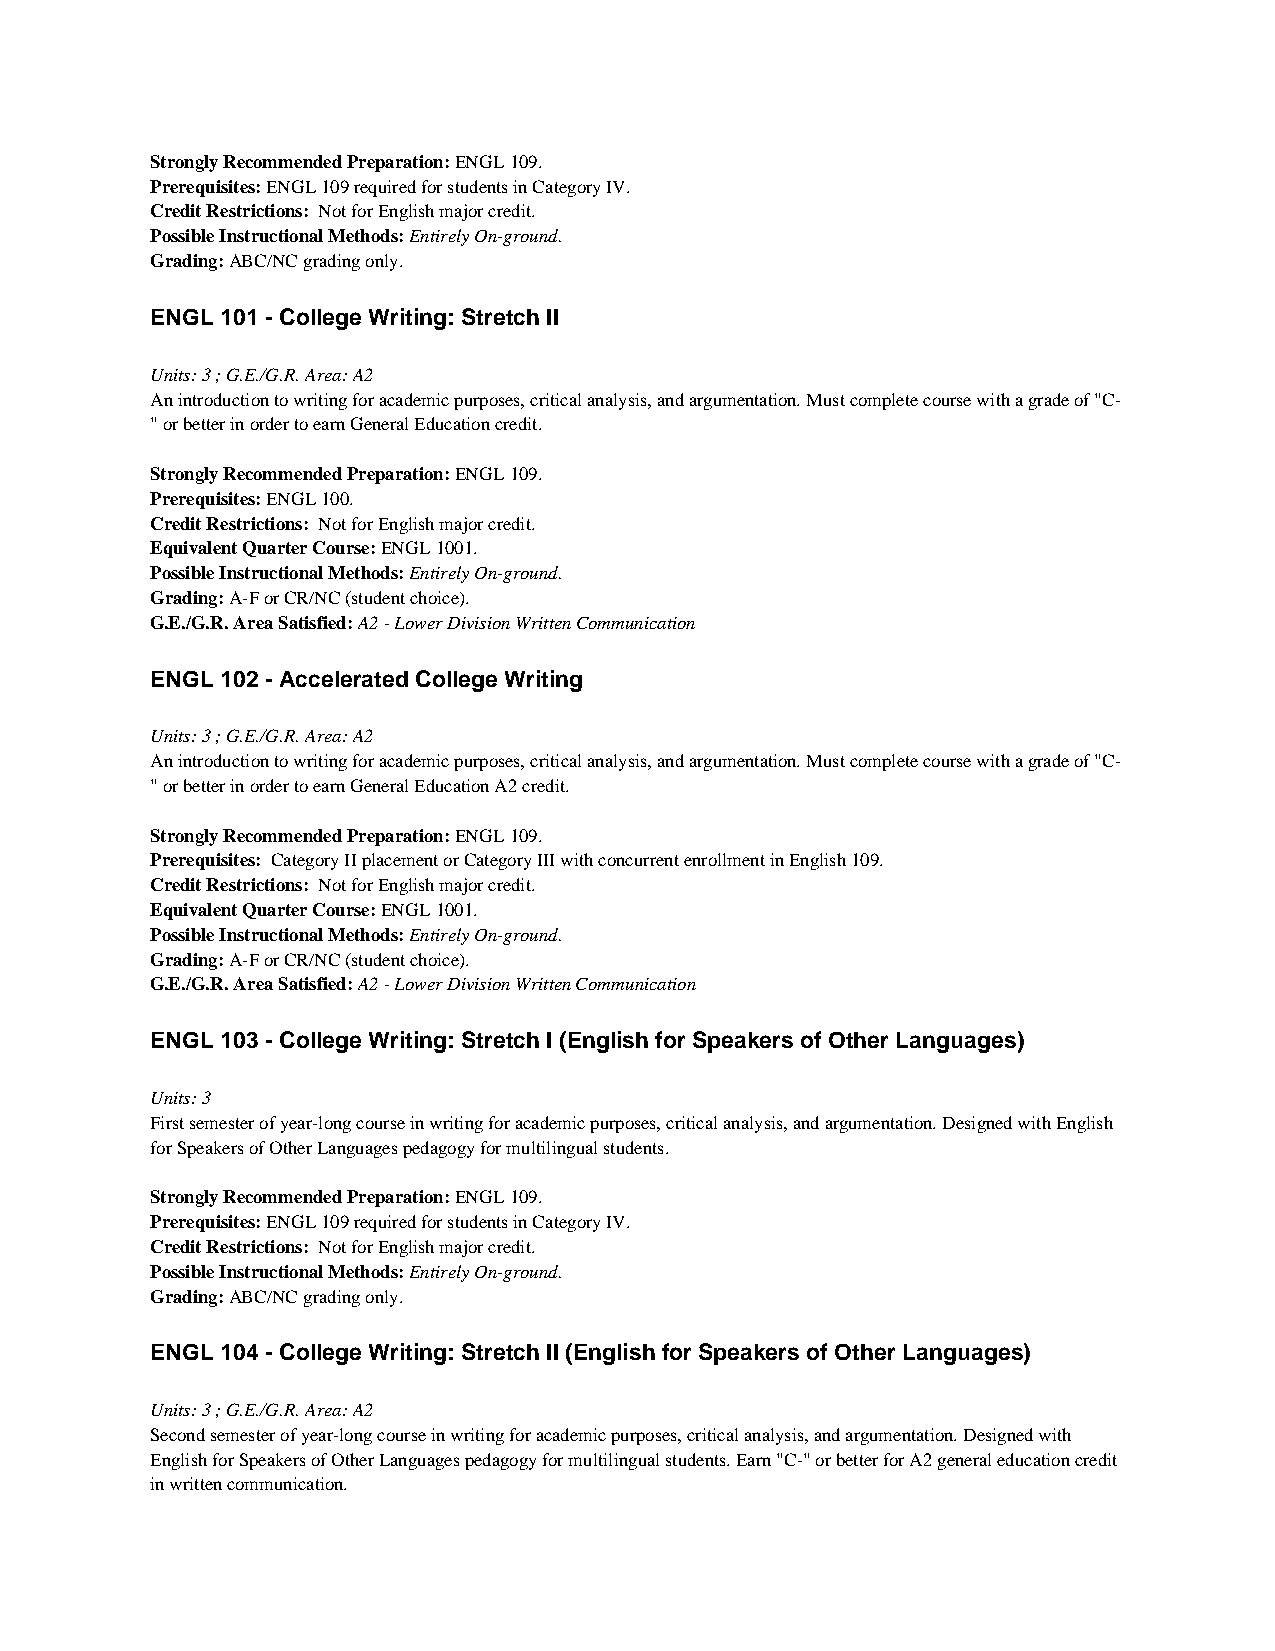
Strongly Recommended Preparation: ENGL 109.
 Prerequisites: ENGL 109 required for students in Category IV.
 Credit Restrictions: Not for English major credit.
 Possible Instructional Methods: Entirely On-ground.
 Grading: ABC/NC grading only.
 ENGL 101 - College Writing: Stretch II
 Units: 3 ; G.E./G.R. Area: A2
 An introduction to writing for academic purposes, critical analysis, and argumentation. Must complete course with a grade of "C-
 " or better in order to earn General Education credit.
 Strongly Recommended Preparation: ENGL 109.
 Prerequisites: ENGL 100.
 Credit Restrictions: Not for English major credit.
 Equivalent Quarter Course: ENGL 1001.
 Possible Instructional Methods: Entirely On-ground.
 Grading: A-F or CR/NC (student choice).
 G.E./G.R. Area Satisfied: A2 - Lower Division Written Communication
 ENGL 102 - Accelerated College Writing
 Units: 3 ; G.E./G.R. Area: A2
 An introduction to writing for academic purposes, critical analysis, and argumentation. Must complete course with a grade of "C-
 " or better in order to earn General Education A2 credit.
 Strongly Recommended Preparation: ENGL 109.
 Prerequisites: Category II placement or Category III with concurrent enrollment in English 109.
 Credit Restrictions: Not for English major credit.
 Equivalent Quarter Course: ENGL 1001.
 Possible Instructional Methods: Entirely On-ground.
 Grading: A-F or CR/NC (student choice).
 G.E./G.R. Area Satisfied: A2 - Lower Division Written Communication
 ENGL 103 - College Writing: Stretch I (English for Speakers of Other Languages)
 Units: 3
 First semester of year-long course in writing for academic purposes, critical analysis, and argumentation. Designed with English
 for Speakers of Other Languages pedagogy for multilingual students.
 Strongly Recommended Preparation: ENGL 109.
 Prerequisites: ENGL 109 required for students in Category IV.
 Credit Restrictions: Not for English major credit.
 Possible Instructional Methods: Entirely On-ground.
 Grading: ABC/NC grading only.
 ENGL 104 - College Writing: Stretch II (English for Speakers of Other Languages)
 Units: 3 ; G.E./G.R. Area: A2
 Second semester of year-long course in writing for academic purposes, critical analysis, and argumentation. Designed with
 English for Speakers of Other Languages pedagogy for multilingual students. Earn "C-" or better for A2 general education credit
 in written communication.